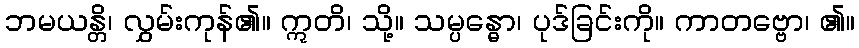
ဘမယန္တိ၊ လွှမ်းကုန်၏။ ဣတိ၊ သို့။ သမ္ပန္ဓော၊ ပုဒ်ခြင်းကို။ ကာတဗ္ဗော၊ ၏။